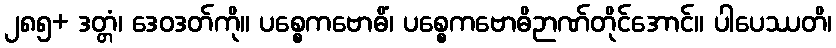
၂၈၅+ ဒတ္တံ၊ ဒေဝဒတ်ကို။ ပစ္စေကဗောဓိံ၊ ပစ္စေကဗောဓိဉာဏ်တိုင်အောင်။ ပါပေဿတိ၊